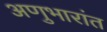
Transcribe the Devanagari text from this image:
अणुभारांत